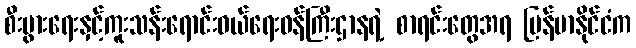
စီးပွားရေးနှင့်ကူးသန်းရောင်းဝယ်ရေးဝန်ကြီးဌာနရဲ့ စာရင်းတွေအရ မြန်မာနိုင်ငံက